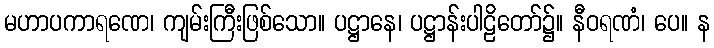
မဟာပကာရဏေ၊ ကျမ်းကြီးဖြစ်သော။ ပဋ္ဌာနေ၊ ပဋ္ဌာန်းပါဠိတော်၌။ နီဝရဏံ၊ ပေ။ န